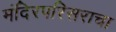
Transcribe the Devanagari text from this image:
मंदिरपरिसराचा